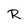
Character: R